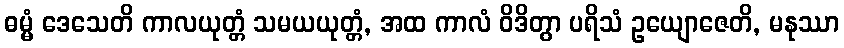
ဓမ္မံ ဒေသေတိ ကာလယုတ္တံ သမယယုတ္တံ, အထ ကာလံ ဝိဒိတွာ ပရိသံ ဥယျောဇေတိ, မနုဿာ